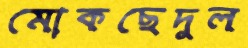
মোকছেদুল